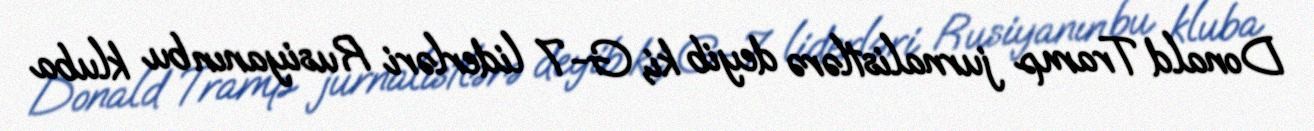
Donald Tramp jurnalistlərə deyib ki, G-7 liderləri Rusiyanın bu kluba